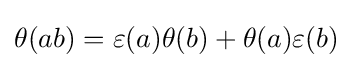
\theta (ab)=\varepsilon (a)\theta (b)+\theta (a)\varepsilon (b)